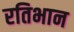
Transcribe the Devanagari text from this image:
रतिभान